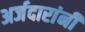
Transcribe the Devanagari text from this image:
अर्जदारांनी